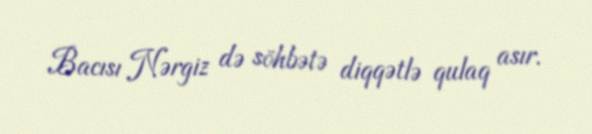
Bacısı Nərgiz də söhbətə diqqətlə qulaq asır.